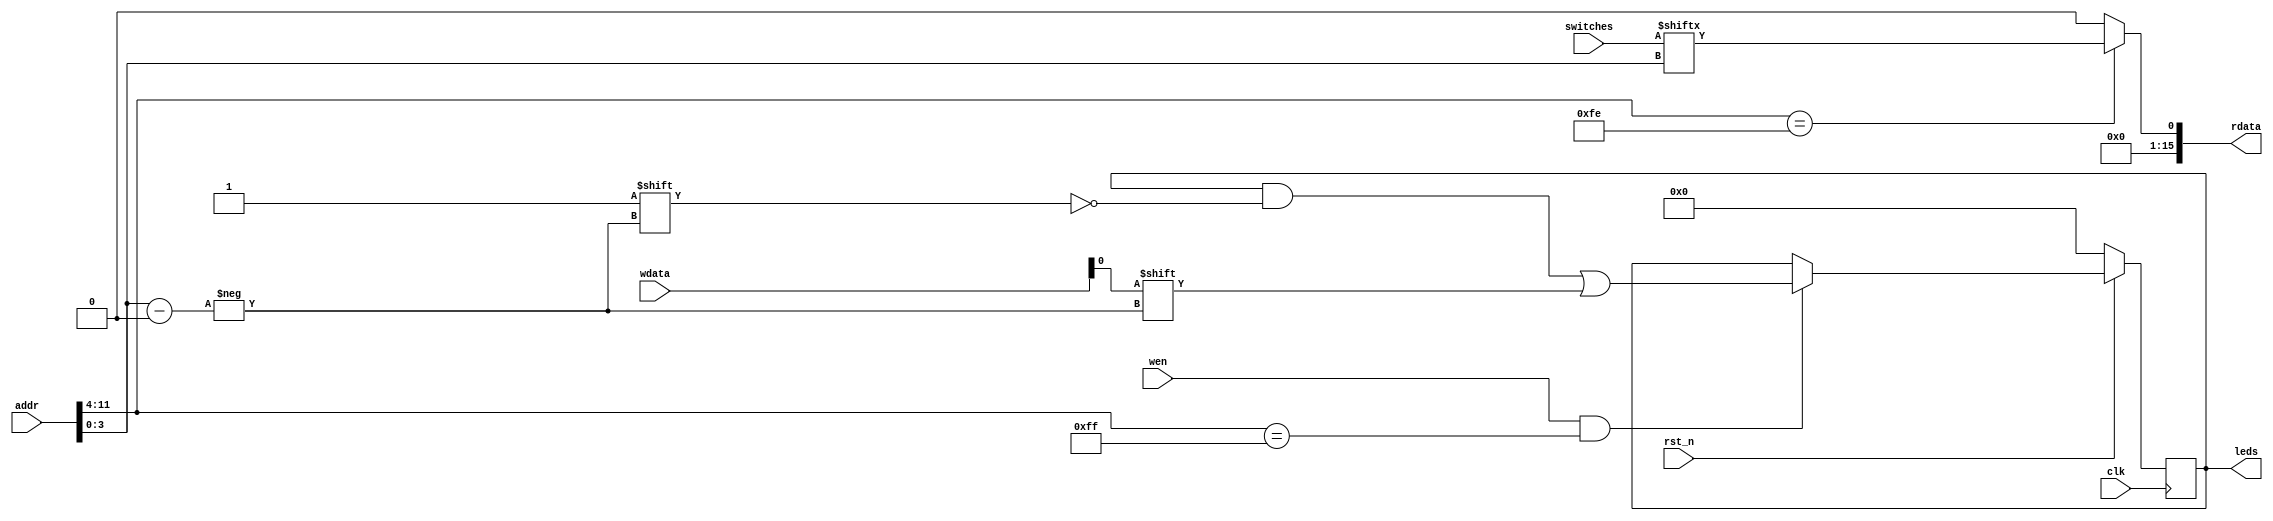
module device(
    input           clk,
    input           rst_n,
    input   [11:0]  addr,
    input   [15:0]  wdata,
    input           wen,
    output  [15:0]  rdata,
    input   [15:0]  switches,
    output  [15:0]  leds
);
    reg [15:0] leds_reg;
    //0x7ff0-0x8fff leds 
    always @(posedge clk)begin
        if(!rst_n)
            leds_reg <= 16'h0000;
        else if(wen && addr[11:4] == 8'hff)
            leds_reg[addr[3:0]] <= wdata[0];
    end
    //0x7fe0-0x7fef switches
    assign rdata = (addr[11:4] == 8'hfe) ? {15'h0,switches[addr[3:0]]} : 16'h0;
    assign leds = leds_reg;
endmodule